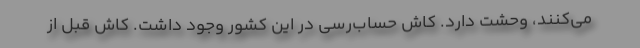
می‌کنند، وحشت دارد. کاش حساب‌رسی در این کشور وجود داشت. کاش قبل از